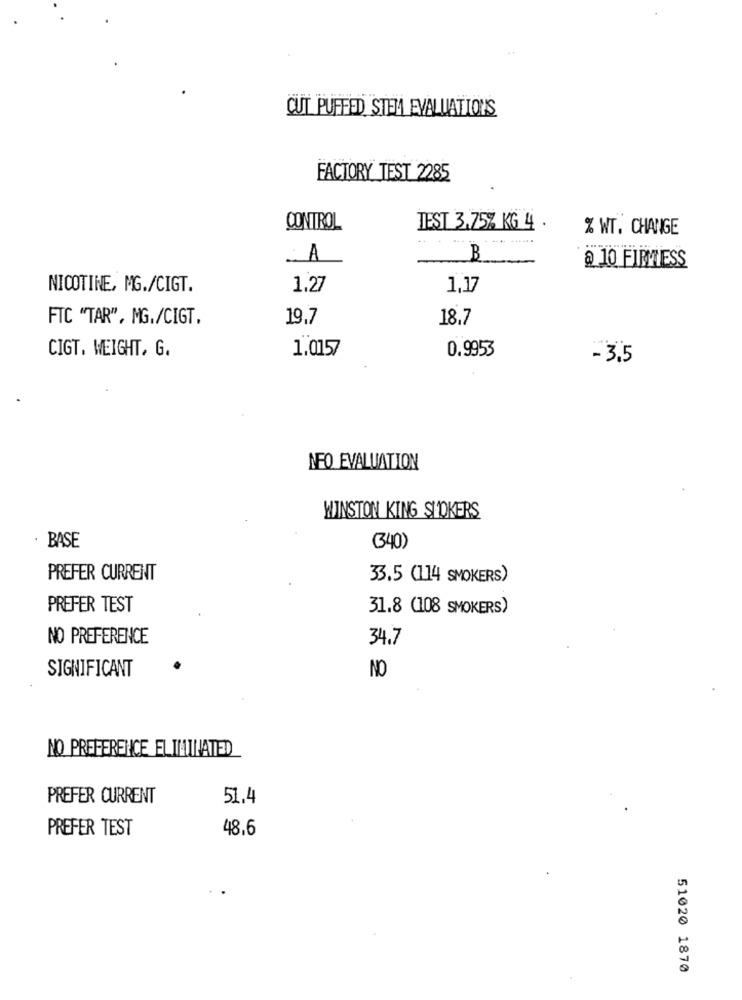
CUT PUFFED STEM EVALUATIONS
FACTORY TEST 2285
CONTROL
TEST 3,75% KG 4 .
% WT. CHANGE
A
B
@ 10 FIRMESS
NICOTINE, MG./CIGT.
1.27
1,17
FTC "TAR", MG./CIGT.
19.7
18.7
CIGT. WEIGHT, G.
1.0157
0.9953
-3,5
NFO EVALUATION
WINSTON KING STOKERS
· BASE
(340)
PREFER CURRENT
33.5 (114 SMOKERS)
PREFER TEST
31.8 (108 SMOKERS)
NO PREFERENCE
34.7
SIGNIFICANT
NO
NO PREFERENCE ELIMINATED
PREFER CURRENT
51.4
PREFER TEST
48.6
51020 1870